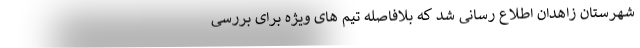
شهرستان زاهدان اطلاع رسانی شد که بلافاصله تیم های ویژه برای بررسی